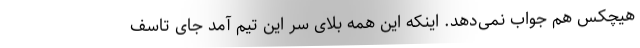
هیچکس‌ هم جواب نمی‌دهد. اینکه این همه بلای سر این تیم آمد جای تاسف